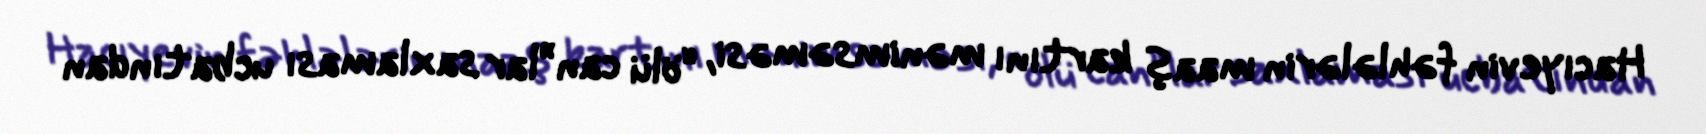
Hacıyevin fəhlələrin maaş kartını mənimsəməsi, “ölü can”lar saxlaması ucbatından